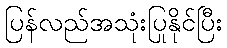
ပြန်လည်အသုံးပြုနိုင်ပြီး